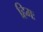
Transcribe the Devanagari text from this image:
हिमः